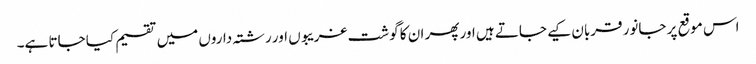
اس موقع پر جانور قربان کیے جاتے ہیں اور پھر ان کا گوشت غریبوں اور رشتہ داروں میں تقسیم کیا جاتا ہے۔